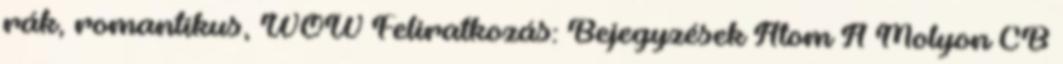
rák, romantikus, WOW Feliratkozás: Bejegyzések Atom A Molyon CB